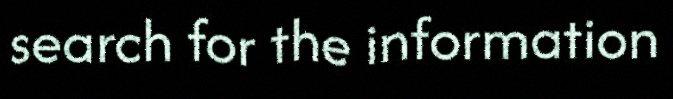
search for the information